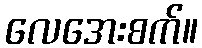
လေအေးစက်။